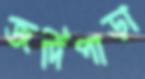
জর্দিপাড়া